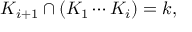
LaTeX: K _ { i + 1 } \cap ( K _ { 1 } \cdots K _ { i } ) = k ,